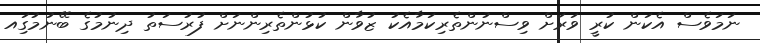
ނަމަވެސް އެކަން ކުރީ ވަރަށް ވިސްނުންތެރިކަމާއެކު ޒުވާން ކުޅުންތެރިންނަށް ފުރުސަތު ދިނުމުގެ ބޭނުމުގަިއ